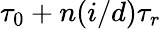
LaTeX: \tau_{0}+n(i/d)\tau_{r}